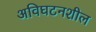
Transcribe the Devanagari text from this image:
अविघटनशील